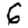
Digit: 6